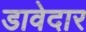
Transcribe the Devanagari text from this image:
डावेदार